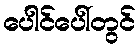
ပေါင်ပေါ်တွင်